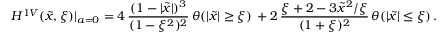
H ^ { 1 V } ( \tilde { x } , \xi ) | _ { a = 0 } = 4 \, \frac { ( 1 - | \tilde { x } | ) ^ { 3 } } { ( 1 - \xi ^ { 2 } ) ^ { 2 } } \, \theta ( | \tilde { x } | \geq \xi ) \, + 2 \, \frac { \xi + 2 - 3 \tilde { x } ^ { 2 } / \xi } { ( 1 + \xi ) ^ { 2 } } \, \theta ( | \tilde { x } | \leq \xi ) \, .